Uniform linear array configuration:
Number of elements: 4
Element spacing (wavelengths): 0.5
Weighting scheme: cosine
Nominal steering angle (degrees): -30
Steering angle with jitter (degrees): -28.206
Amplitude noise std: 0.05
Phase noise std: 0.05

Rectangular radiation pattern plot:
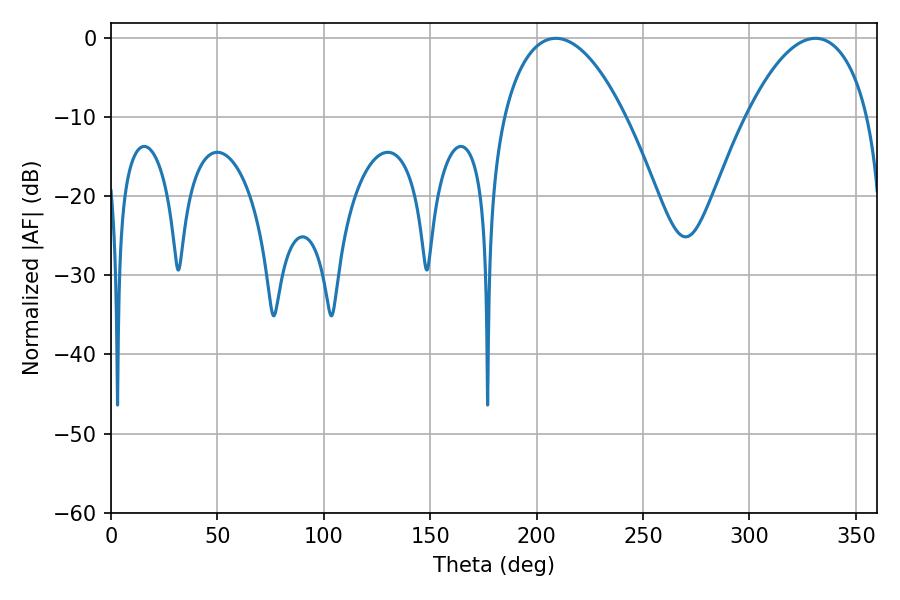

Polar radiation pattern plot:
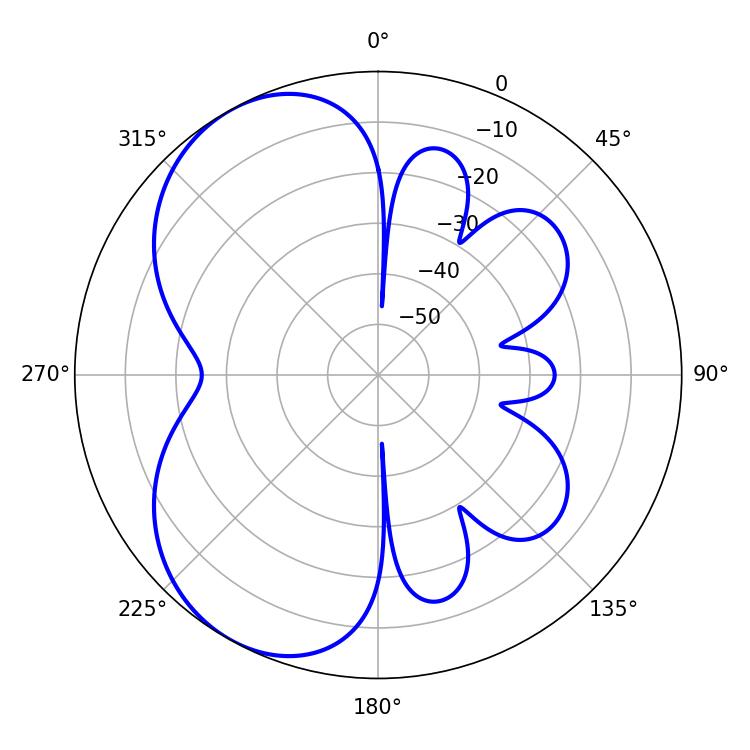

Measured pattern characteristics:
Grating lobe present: FALSE
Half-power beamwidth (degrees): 32.22
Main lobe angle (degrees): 208.98